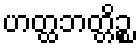
ဟတ္ထဘတ္တိဉ္စ